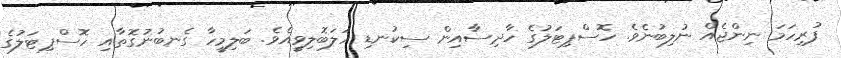
ފުރިހަމަ ނިންޖެއް ނުލިބުނެވެ. ހޮސްޕިޓަލުގެ ހާދިސާއިން ސިކުނޑި ހަލަބޮލިވީއެވެ. ބަލިމީހާ ގެނބުނުގޮތާއި ހޮސްޕިޓަލުގެ